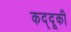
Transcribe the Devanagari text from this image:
कद्दूकी